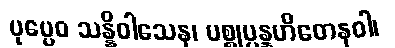
ပုဗ္ဗေဝ သန္နိဝါသေန၊ ပစ္စုပ္ပန္နဟိတေနဝါ၊